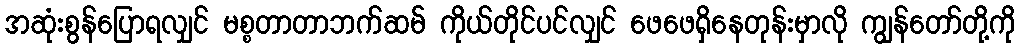
အဆုံးစွန်ပြောရလျှင် မစ္စတာတာဘက်ဆမ် ကိုယ်တိုင်ပင်လျှင် ဖေဖေရှိနေတုန်းမှာလို ကျွန်တော်တို့ကို